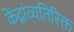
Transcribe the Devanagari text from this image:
केंद्रांव्यतिरिक्त